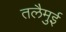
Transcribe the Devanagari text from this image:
तलैमुई